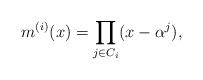
LaTeX: \begin{align*}m^{(i)}(x)=\prod_{j\in C_i} (x-\alpha^j),\end{align*}